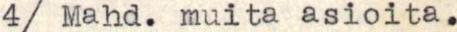
4/ Mahd. muita asioita.